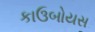
કાઉબોયસ